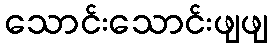
သောင်းသောင်းဖျဖျ